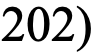
202)